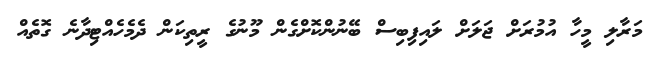
މަރާލި މީހާ އުމުރަށް ޖަލަށް ލައިފިބިސް ބޭނުންކޮށްގެން މޫނުގެ ރީތިކަން ދެމެހެއްޓިދާނެ ގޮތެއް